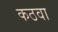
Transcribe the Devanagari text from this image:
कठवा